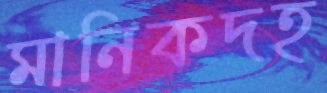
মানিকদহ